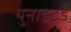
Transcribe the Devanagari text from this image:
युनाइट॓ड